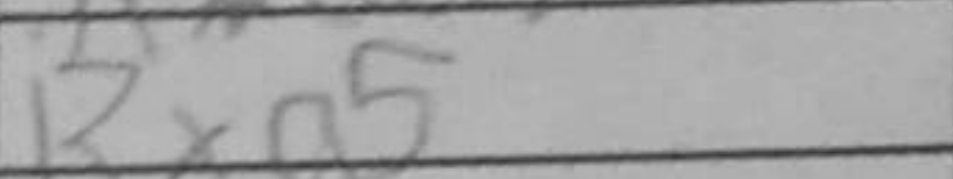
Transcription: Rxa5